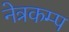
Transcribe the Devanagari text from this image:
नेत्रकम्प